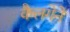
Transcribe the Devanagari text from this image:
कैलगेने